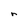
Character: r